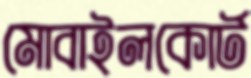
মোবাইলকোর্ট